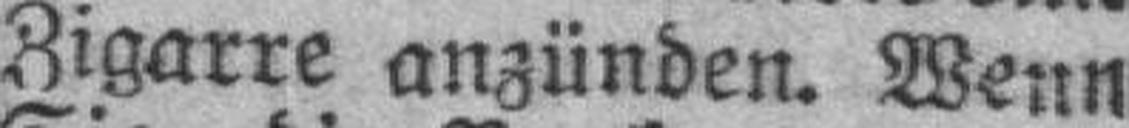
Zigarre anzünden. Wenn